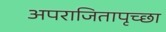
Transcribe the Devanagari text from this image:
अपराजितापृच्छा